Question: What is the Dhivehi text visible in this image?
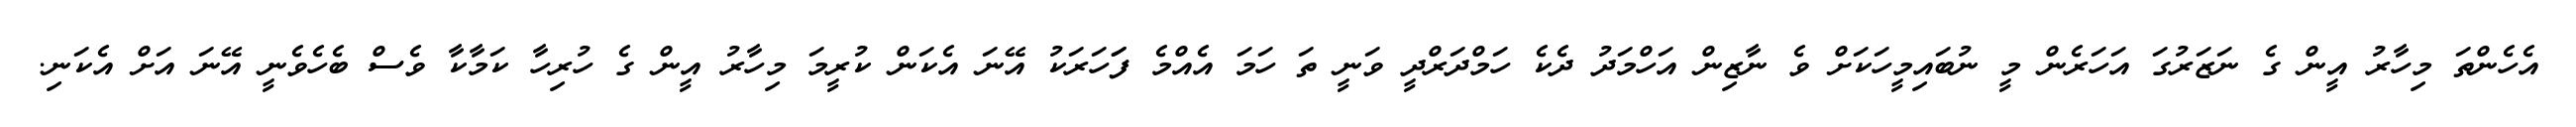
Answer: އެހެންތަ މިހާރު އީން ގެ ނަޒަރުގަ އަހަރެން މީ ނުބައިމީހަކަށް ވެ ނާޒިން އަހްމަދު ދެކެ ހަމްދަރްދީ ވަނީ ތަ ހަމަ އެއްމެ ފަަހަރަކު އޭނަ އެކަން ކުރީމަ މިހާރު އީން ގެ ހުރިހާ ކަމާކާ ވެސް ބެހެވެނީ އޭނަ އަށް އެކަނި.